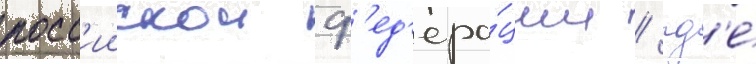
росс'иискои ф'ед'ера́ции / гд'е́